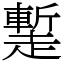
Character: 䟅